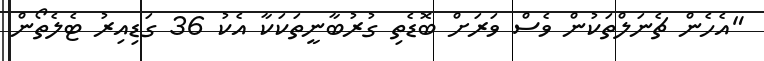
"އެހެން ޗެނަލްތަކުން ވެސް ވަރަށް ބޮޑެތި ގުރުބާނީތަކަކާ އެކު 36 ގަޑިއިރު ޓެލެތޯން